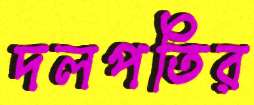
দলপতির